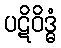
ပဋိဝိဒ္ဓံ